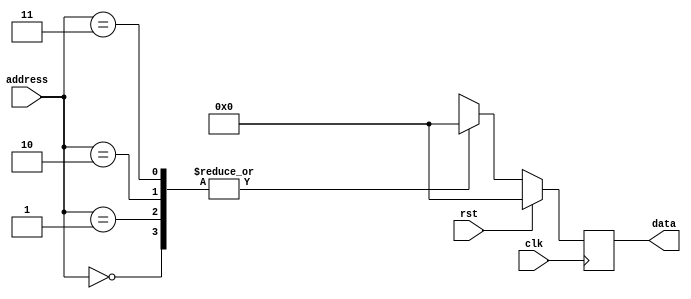
`timescale 1ns / 1ps

module ROM(
    input wire [1:0] address,
    output reg [7:0] data,
    input wire clk,
    input wire rst
    );
    
always@(posedge clk)
begin
    if(rst) data = 8'h00;
    else
    begin
        case (address)
            2'b00:  data = 8'h00;
            2'b01:  data = 8'h00;
            2'b10:  data = 8'h00;
            2'b11:  data = 8'h00;
        endcase
    end
end
    
endmodule